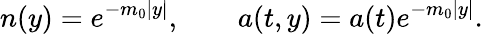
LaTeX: n(y)=e^{-m_{0}|y|},\ \ \ \ \ \ \ \ a(t,y)=a(t)e^{-m_{0}|y|}.